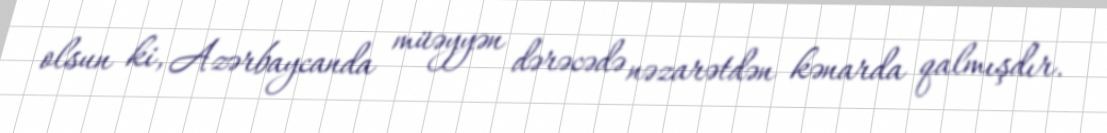
olsun ki, Azərbaycanda müəyyən dərəcədə nəzarətdən kənarda qalmışdır.